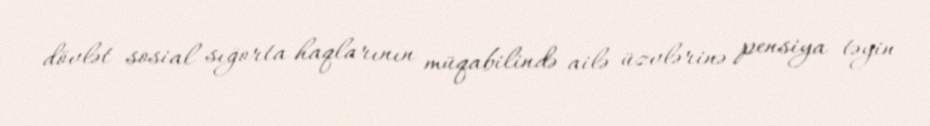
dövlət sosial sığorta haqlarının müqabilində ailə üzvlərinə pensiya təyin